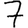
Digit: 7